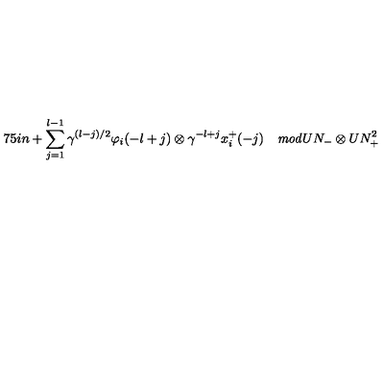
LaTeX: \hspace { . 7 5 i n } + \sum _ { j = 1 } ^ { l - 1 } \gamma ^ { ( l - j ) / 2 } \varphi _ { i } ( - l + j ) \otimes \gamma ^ { - l + j } x _ { i } ^ { + } ( - j ) \quad { \it m o d } U N _ { - } \otimes U N _ { + } ^ { 2 }